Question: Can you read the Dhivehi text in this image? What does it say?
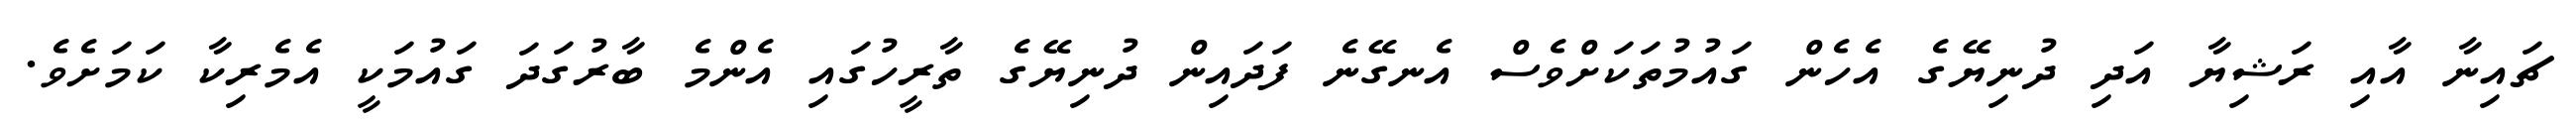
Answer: ޗައިނާ އާއި ރަޝިޔާ އަދި ދުނިޔޭގެ އެހެން ގައުމުތަކަށްވެސް އެނގޭނެ ފަދައިން ދުނިޔޭގެ ތާރީހުގައި އެންމެ ބާރުގަދަ ގައުމަކީ އެމެރިކާ ކަމަށެވެ.